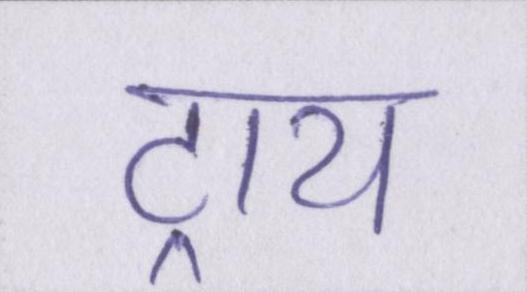
ट्राय